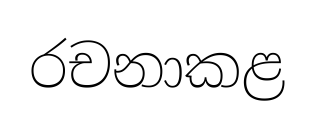
රචනාකළ